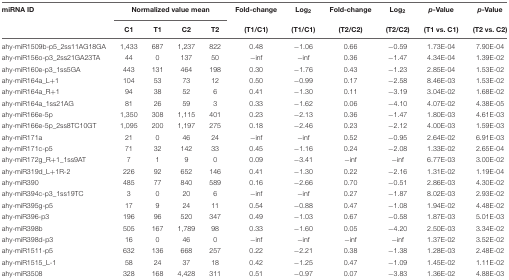
<table><thead><tr><td><b>miRNA ID</b></td><td colspan="4"><b>Normalized value mean</b></td><td><b>Fold-change</b></td><td><b>Log<sub>2</sub></b></td><td><b>Fold-change</b></td><td><b>Log<sub>2</sub></b></td><td><b><i>p</i>-Value</b></td><td><b><i>p</i>-Value</b></td></tr><tr><td></td><td><b>C1</b></td><td><b>T1</b></td><td><b>C2</b></td><td><b>T2</b></td><td><b>(T1/C1)</b></td><td><b>(T1/C1)</b></td><td><b>(T2/C2)</b></td><td><b>(T2/C2)</b></td><td><b>(T1 vs. C1)</b></td><td><b>(T2 vs. C2)</b></td></tr></thead><tbody><tr><td>ahy-miR1509b-p5_2ss11AG18GA</td><td>1,433</td><td>687</td><td>1,237</td><td>822</td><td>0.48</td><td>–1.06</td><td>0.66</td><td>–0.59</td><td>1.73E-04</td><td>7.90E-04</td></tr><tr><td>ahy-miR156o-p3_2ss21GA23TA</td><td>44</td><td>0</td><td>137</td><td>50</td><td>–inf</td><td>–inf</td><td>0.36</td><td>–1.47</td><td>4.34E-04</td><td>1.39E-02</td></tr><tr><td>ahy-miR160e-p3_1ss5GA</td><td>443</td><td>131</td><td>464</td><td>198</td><td>0.30</td><td>–1.76</td><td>0.43</td><td>–1.23</td><td>2.85E-04</td><td>1.53E-02</td></tr><tr><td>ahy-miR164a_L+1</td><td>104</td><td>53</td><td>73</td><td>12</td><td>0.50</td><td>–0.99</td><td>0.17</td><td>–2.58</td><td>8.46E-03</td><td>1.53E-02</td></tr><tr><td>ahy-miR164a_R+1</td><td>94</td><td>38</td><td>52</td><td>6</td><td>0.41</td><td>–1.30</td><td>0.11</td><td>–3.19</td><td>3.04E-02</td><td>1.68E-02</td></tr><tr><td>ahy-miR164a_1ss21AG</td><td>81</td><td>26</td><td>59</td><td>3</td><td>0.33</td><td>–1.62</td><td>0.06</td><td>–4.10</td><td>4.07E-02</td><td>4.38E-05</td></tr><tr><td>ahy-miR166e-5p</td><td>1,350</td><td>308</td><td>1,115</td><td>401</td><td>0.23</td><td>–2.13</td><td>0.36</td><td>–1.47</td><td>1.80E-03</td><td>4.61E-03</td></tr><tr><td>ahy-miR166e-5p_2ss8TC10GT</td><td>1,095</td><td>200</td><td>1,197</td><td>275</td><td>0.18</td><td>–2.46</td><td>0.23</td><td>–2.12</td><td>4.00E-03</td><td>1.59E-03</td></tr><tr><td>ahy-miR171a</td><td>21</td><td>0</td><td>46</td><td>24</td><td>–inf</td><td>–inf</td><td>0.52</td><td>–0.95</td><td>2.64E-02</td><td>6.91E-03</td></tr><tr><td>ahy-miR171c-p5</td><td>71</td><td>32</td><td>142</td><td>33</td><td>0.45</td><td>–1.16</td><td>0.24</td><td>–2.08</td><td>1.33E-02</td><td>2.65E-04</td></tr><tr><td>ahy-miR172g_R+1_1ss9AT</td><td>7</td><td>1</td><td>9</td><td>0</td><td>0.09</td><td>–3.41</td><td>–inf</td><td>–inf</td><td>6.77E-03</td><td>3.00E-02</td></tr><tr><td>ahy-miR319d_L+1R-2</td><td>226</td><td>92</td><td>652</td><td>146</td><td>0.41</td><td>–1.30</td><td>0.22</td><td>–2.16</td><td>1.31E-02</td><td>1.19E-04</td></tr><tr><td>ahy-miR390</td><td>485</td><td>77</td><td>840</td><td>589</td><td>0.16</td><td>–2.66</td><td>0.70</td><td>–0.51</td><td>2.86E-03</td><td>4.30E-02</td></tr><tr><td>ahy-miR394c-p3_1ss19TC</td><td>3</td><td>0</td><td>20</td><td>6</td><td>–inf</td><td>–inf</td><td>0.27</td><td>–1.87</td><td>8.02E-03</td><td>2.93E-02</td></tr><tr><td>ahy-miR395g-p5</td><td>17</td><td>9</td><td>24</td><td>11</td><td>0.54</td><td>–0.88</td><td>0.47</td><td>–1.08</td><td>1.94E-02</td><td>4.48E-02</td></tr><tr><td>ahy-miR396-p3</td><td>196</td><td>96</td><td>520</td><td>347</td><td>0.49</td><td>–1.03</td><td>0.67</td><td>–0.58</td><td>1.87E-03</td><td>5.01E-03</td></tr><tr><td>ahy-miR398b</td><td>505</td><td>167</td><td>1,789</td><td>98</td><td>0.33</td><td>–1.60</td><td>0.05</td><td>–4.20</td><td>2.50E-03</td><td>3.34E-02</td></tr><tr><td>ahy-miR398d-p3</td><td>16</td><td>0</td><td>46</td><td>0</td><td>–inf</td><td>–inf</td><td>–inf</td><td>–inf</td><td>1.37E-02</td><td>3.52E-02</td></tr><tr><td>ahy-miR1511-p5</td><td>632</td><td>136</td><td>668</td><td>257</td><td>0.22</td><td>–2.21</td><td>0.38</td><td>–1.38</td><td>1.28E-03</td><td>2.48E-02</td></tr><tr><td>ahy-miR1515_L-1</td><td>58</td><td>24</td><td>37</td><td>18</td><td>0.42</td><td>–1.25</td><td>0.47</td><td>–1.09</td><td>1.45E-02</td><td>1.11E-02</td></tr><tr><td>ahy-miR3508</td><td>328</td><td>168</td><td>4,428</td><td>311</td><td>0.51</td><td>–0.97</td><td>0.07</td><td>–3.83</td><td>1.36E-02</td><td>4.88E-03</td></tr></tbody></table>